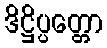
ဒိဋ္ဌိပ္ပတ္တော